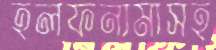
হলফনামাসহ